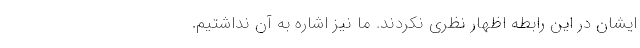
ایشان در این رابطه اظهار نظری نکردند. ما نیز اشاره به آن نداشتیم.